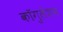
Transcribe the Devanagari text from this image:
कॉगुलेशन